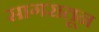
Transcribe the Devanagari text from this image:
सागरातून